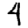
Digit: 4